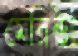
মেরিন্ডা